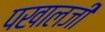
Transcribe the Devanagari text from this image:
पखालजी